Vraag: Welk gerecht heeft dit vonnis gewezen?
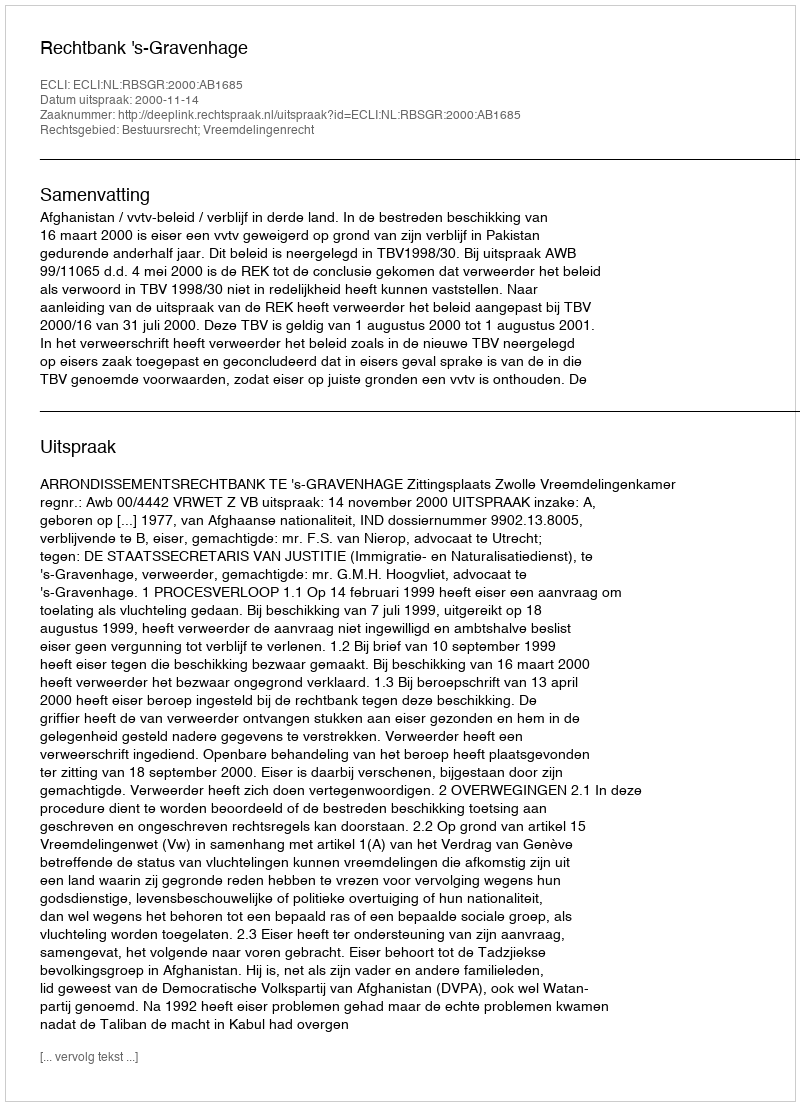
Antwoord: Rechtbank 's-Gravenhage